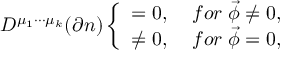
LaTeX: D ^ { \mu _ { 1 } \cdot \cdot \cdot \mu _ { k } } ( \partial n ) \left\{ \begin{array} { c c } { { = 0 , } } & { { \; f o r \; \vec { \phi } \neq 0 , } } \\ { { \neq 0 , } } & { { \; f o r \; \vec { \phi } = 0 , } } \end{array} \right.